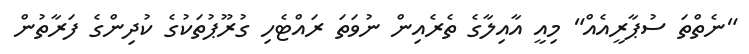
"ނެތްތަ ސުޕާރީއެއް" މިއީ އާއިލާގެ ތެރެއިން ނުވަތަ ރައްޓެހި ގުރޫޕުތަކުގެ ކުދިންގެ ފަރާތުން